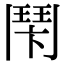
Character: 𩰍